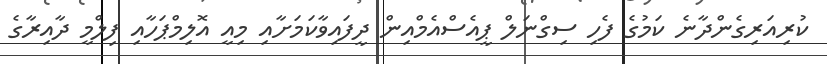
ކުރިއަރިގެންދާނެ ކަމުގެ ފެހި ސިގްނަލް ޕީއެސްއެމްއިން ދީފައިވާކަމަށާއި މިއީ އޮލިމްޕަހާއި ފިލްމީ ދާއިރާގެ